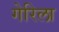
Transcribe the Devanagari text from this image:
गेरिला